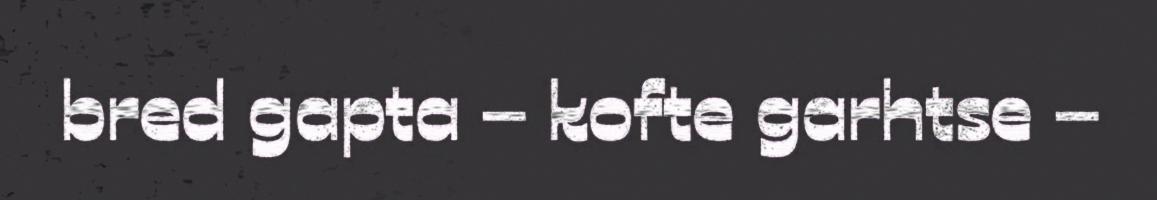
bred gapta – kofte garhtse –